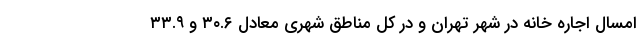
امسال اجاره خانه در شهر تهران و در کل مناطق شهری معادل ۳۰.۶ و ۳۳.۹